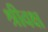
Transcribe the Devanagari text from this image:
श्रीवक्ष